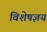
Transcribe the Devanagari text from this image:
विशेषज्ञय